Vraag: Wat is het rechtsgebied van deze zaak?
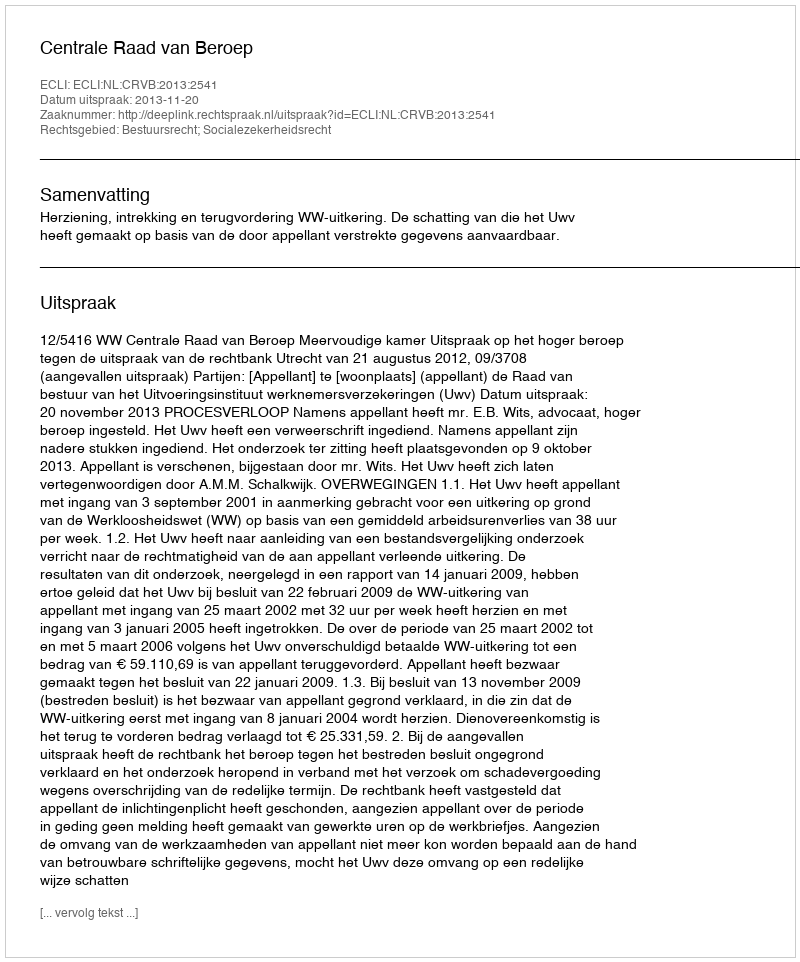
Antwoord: Bestuursrecht; Socialezekerheidsrecht